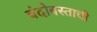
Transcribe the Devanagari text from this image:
बंदोबस्ताची